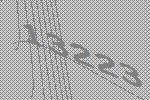
13223